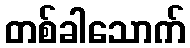
တစ်ခါသောက်